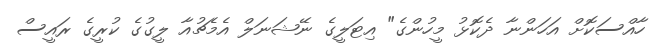
ހާއްސަކޮށް އަހަންނާ ދެކޮޅު މީހުންގެ" އިޓަލީގެ ނޭޝަނަލް އެމެޗުއާ ލީގުގެ ކުރީގެ ރައީސް